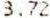
3.72